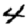
Digit: 4